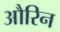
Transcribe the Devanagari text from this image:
औरिन